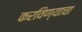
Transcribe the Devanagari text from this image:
करविण्याचा